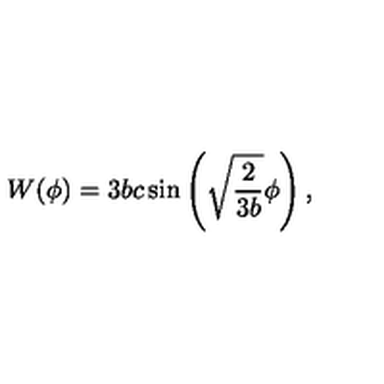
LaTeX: W ( \phi ) = 3 b c \sin \left( \sqrt { \frac { 2 } { 3 b } } \phi \right) ,